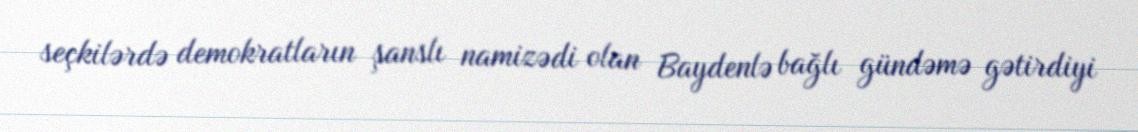
seçkilərdə demokratların şanslı namizədi olan Baydenlə bağlı gündəmə gətirdiyi